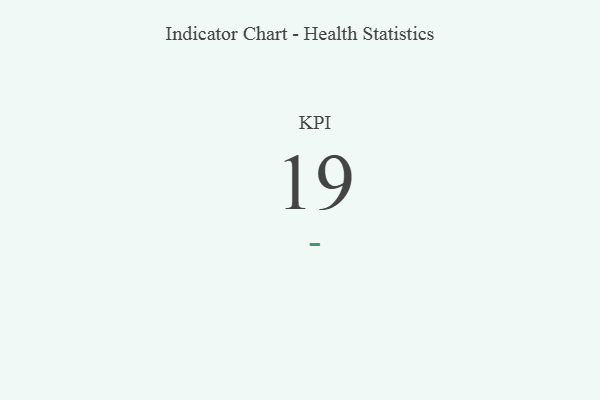
{"axis": {"x": "KPI", "y": "Value"}, "legend": [""], "data": [{"x": "KPI", "y": 19, "type": ""}]}